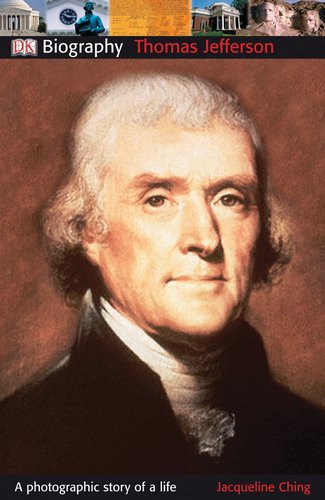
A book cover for Thomas Jefferson; DK; Children's Books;